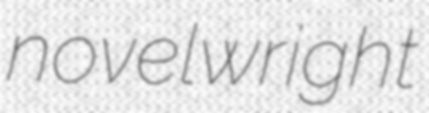
novelwright